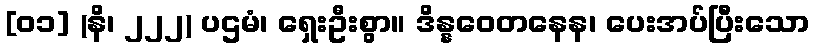
[၀၁] (နိ၊ ၂၂၂) ပဌမံ၊ ရှေးဦးစွာ။ ဒိန္နဝေတနေန၊ ပေးအပ်ပြီးသော